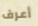
أعرف